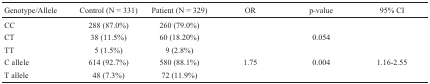
<table><thead><tr><td><b>Genotype/Allele</b></td><td><b>Control (N = 331)</b></td><td><b>Patient (N = 329)</b></td><td><b>OR</b></td><td><b>p-value</b></td><td><b>95% CI</b></td></tr></thead><tbody><tr><td> CC</td><td>288 (87.0%)</td><td>260 (79.0%)</td><td></td><td></td><td></td></tr><tr><td>CT</td><td>38 (11.5%)</td><td>60 (18.20%)</td><td></td><td>0.054</td><td></td></tr><tr><td>TT</td><td>5 (1.5%)</td><td>9 (2.8%)</td><td></td><td></td><td></td></tr><tr><td>C allele</td><td>614 (92.7%)</td><td>580 (88.1%)</td><td>1.75</td><td>0.004</td><td>1.16-2.55</td></tr><tr><td>T allele</td><td>48 (7.3%)</td><td>72 (11.9%)</td><td></td><td></td><td></td></tr></tbody></table>